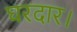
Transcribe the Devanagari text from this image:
घरदार।